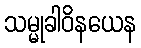
သမ္မုခါဝိနယေန